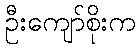
ဦးကျော်စိုးက